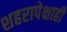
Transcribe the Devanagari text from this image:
शहरापेक्षाही